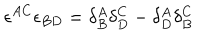
\epsilon ^ { A C } \epsilon _ { B D } = \delta _ { B } ^ { A } \delta _ { D } ^ { C } - \delta _ { D } ^ { A } \delta _ { B } ^ { C }